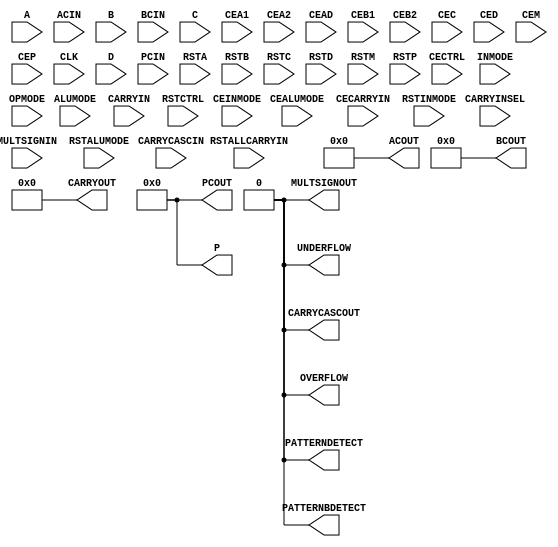
// ***************************************************************************
// ***************************************************************************
// Copyright 2011(c) Analog Devices, Inc.
// 
// All rights reserved.
// 
// Redistribution and use in source and binary forms, with or without modification,
// are permitted provided that the following conditions are met:
//     - Redistributions of source code must retain the above copyright
//       notice, this list of conditions and the following disclaimer.
//     - Redistributions in binary form must reproduce the above copyright
//       notice, this list of conditions and the following disclaimer in
//       the documentation and/or other materials provided with the
//       distribution.
//     - Neither the name of Analog Devices, Inc. nor the names of its
//       contributors may be used to endorse or promote products derived
//       from this software without specific prior written permission.
//     - The use of this software may or may not infringe the patent rights
//       of one or more patent holders.  This license does not release you
//       from the requirement that you obtain separate licenses from these
//       patent holders to use this software.
//     - Use of the software either in source or binary form, must be run
//       on or directly connected to an Analog Devices Inc. component.
//    
// THIS SOFTWARE IS PROVIDED BY ANALOG DEVICES "AS IS" AND ANY EXPRESS OR IMPLIED WARRANTIES,
// INCLUDING, BUT NOT LIMITED TO, NON-INFRINGEMENT, MERCHANTABILITY AND FITNESS FOR A
// PARTICULAR PURPOSE ARE DISCLAIMED.
//
// IN NO EVENT SHALL ANALOG DEVICES BE LIABLE FOR ANY DIRECT, INDIRECT, INCIDENTAL, SPECIAL,
// EXEMPLARY, OR CONSEQUENTIAL DAMAGES (INCLUDING, BUT NOT LIMITED TO, INTELLECTUAL PROPERTY
// RIGHTS, PROCUREMENT OF SUBSTITUTE GOODS OR SERVICES; LOSS OF USE, DATA, OR PROFITS; OR 
// BUSINESS INTERRUPTION) HOWEVER CAUSED AND ON ANY THEORY OF LIABILITY, WHETHER IN CONTRACT,
// STRICT LIABILITY, OR TORT (INCLUDING NEGLIGENCE OR OTHERWISE) ARISING IN ANY WAY OUT OF 
// THE USE OF THIS SOFTWARE, EVEN IF ADVISED OF THE POSSIBILITY OF SUCH DAMAGE.
// ***************************************************************************
// ***************************************************************************
// ***************************************************************************
// ***************************************************************************
// dc filter- y(n) = c*x(n) + (1-c)*y(n-1)

`timescale 1ps/1ps

module DSP48E1 (

  ACOUT,
  BCOUT,
  CARRYCASCOUT,
  CARRYOUT,
  MULTSIGNOUT,
  OVERFLOW,
  P,
  PATTERNBDETECT,
  PATTERNDETECT,
  PCOUT,
  UNDERFLOW,
  A,
  ACIN,
  ALUMODE,
  B,
  BCIN,
  C,
  CARRYCASCIN,
  CARRYIN,
  CARRYINSEL,
  CEA1,
  CEA2,
  CEAD,
  CEALUMODE,
  CEB1,
  CEB2,
  CEC,
  CECARRYIN,
  CECTRL,
  CED,
  CEINMODE,
  CEM,
  CEP,
  CLK,
  D,
  INMODE,
  MULTSIGNIN,
  OPMODE,
  PCIN,
  RSTA,
  RSTALLCARRYIN,
  RSTALUMODE,
  RSTB,
  RSTC,
  RSTCTRL,
  RSTD,
  RSTINMODE,
  RSTM,
  RSTP);

  parameter ACASCREG = 1;
  parameter ADREG = 1;
  parameter ALUMODEREG = 1;
  parameter AREG = 1;
  parameter AUTORESET_PATDET = "NO_RESET";
  parameter A_INPUT = "DIRECT";
  parameter BCASCREG = 1;
  parameter BREG = 1;
  parameter B_INPUT = "DIRECT";
  parameter CARRYINREG = 1;
  parameter CARRYINSELREG = 1;
  parameter CREG = 1;
  parameter DREG = 1;
  parameter INMODEREG = 1;
  parameter MASK = 'h3fffffffffff;
  parameter MREG = 1;
  parameter OPMODEREG = 1;
  parameter PATTERN = 0;
  parameter PREG = 1;
  parameter SEL_MASK = "MASK";
  parameter SEL_PATTERN = "PATTERN";
  parameter USE_DPORT = 0;
  parameter USE_MULT = "MULTIPLY";
  parameter USE_PATTERN_DETECT = "NO_PATDET";
  parameter USE_SIMD = "ONE48";

  output  [29:0]  ACOUT;
  output  [17:0]  BCOUT;
  output          CARRYCASCOUT;
  output  [ 3:0]  CARRYOUT;
  output          MULTSIGNOUT;
  output          OVERFLOW;
  output  [47:0]  P;
  output          PATTERNBDETECT;
  output          PATTERNDETECT;
  output  [47:0]  PCOUT;
  output          UNDERFLOW;
  input   [29:0]  A;
  input   [29:0]  ACIN;
  input   [ 3:0]  ALUMODE;
  input   [17:0]  B;
  input   [17:0]  BCIN;
  input   [47:0]  C;
  input           CARRYCASCIN;
  input           CARRYIN;
  input   [ 2:0]  CARRYINSEL;
  input           CEA1;
  input           CEA2;
  input           CEAD;
  input           CEALUMODE;
  input           CEB1;
  input           CEB2;
  input           CEC;
  input           CECARRYIN;
  input           CECTRL;
  input           CED;
  input           CEINMODE;
  input           CEM;
  input           CEP;
  input           CLK;
  input   [24:0]  D;
  input   [ 4:0]  INMODE;
  input           MULTSIGNIN;
  input   [ 6:0]  OPMODE;
  input   [47:0]  PCIN;
  input           RSTA;
  input           RSTALLCARRYIN;
  input           RSTALUMODE;
  input           RSTB;
  input           RSTC;
  input           RSTCTRL;
  input           RSTD;
  input           RSTINMODE;
  input           RSTM;
  input           RSTP;

  assign  ACOUT = 30'd0;
  assign  BCOUT = 18'd0;
  assign  CARRYCASCOUT = 1'd0;
  assign  CARRYOUT = 4'd0;
  assign  MULTSIGNOUT = 1'd0;
  assign  OVERFLOW = 1'd0;
  assign  P = 48'd0;
  assign  PATTERNBDETECT = 1'd0;
  assign  PATTERNDETECT = 1'd0;
  assign  PCOUT = 48'd0;
  assign  UNDERFLOW = 1'd0;

endmodule

// ***************************************************************************
// ***************************************************************************